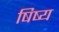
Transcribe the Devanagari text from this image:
षिष्य